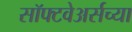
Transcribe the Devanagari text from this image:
सॉफ्टवेअर्सच्या